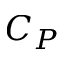
C _ { P }